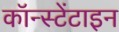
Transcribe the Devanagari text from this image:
कॉन्स्टेंटाइन